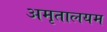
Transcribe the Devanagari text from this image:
अमृतालयम